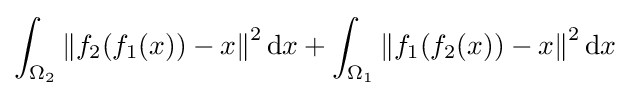
\int _{\Omega _{2}}\left\Vert f_{2}(f_{1}(x))-x\right\Vert ^{2}\mathrm {d} x+\int _{\Omega _{1}}\left\Vert f_{1}(f_{2}(x))-x\right\Vert ^{2}\mathrm {d} x